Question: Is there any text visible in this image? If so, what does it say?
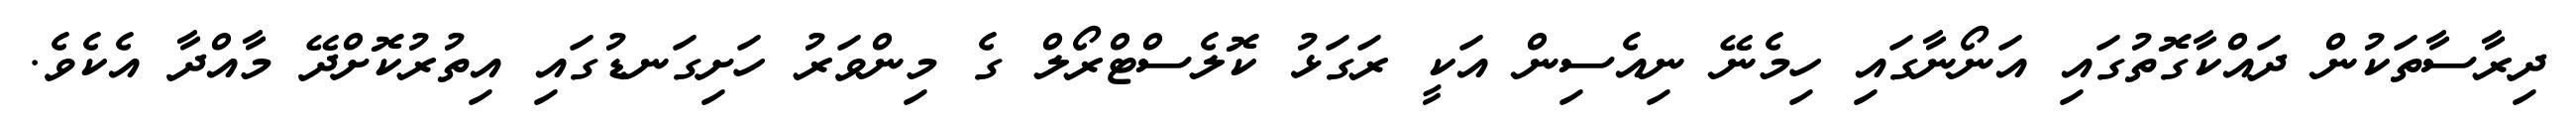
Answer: ދިރާސާތަކުން ދައްކާގޮތުގައި އަނޯނާގައި ހިމެނޭ ނިއެސިން އަކީ ރަގަޅު ކޮލެސްޓްރޯލް ގެ މިންވަރު ހަށިގަނޑުގައި އިތުރުކޮށްދޭ މާއްދާ އެކެވެ.